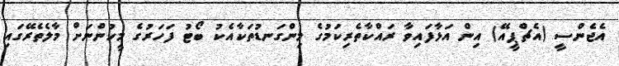
އެޖެންސީ (އެޗްޕީއޭ) އިން އަޅާފައިވާ ރައްކާތެރިކަމުގެ މިންގަނޑުތަކާއެކު ބޯޓު ފަހަރުގެ މީހުންނަށް މާލެތެރޭގައި